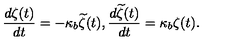
\frac { d \zeta ( t ) } { d t } = - \kappa _ { b } { \widetilde \zeta } ( t ) , \frac { d { \widetilde \zeta } ( t ) } { d t } = \kappa _ { b } \zeta ( t ) .